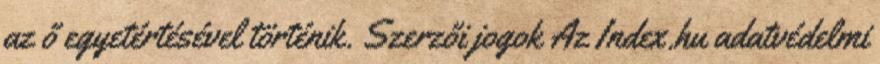
az ő egyetértésével történik. Szerzői jogok Az Index.hu adatvédelmi